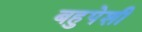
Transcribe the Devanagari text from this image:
बहुपेशी